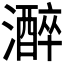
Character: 𤂭